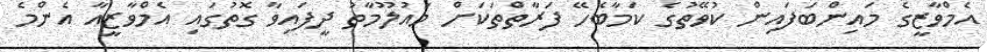
އެމްވާޒީގެ މައިންބަފައިން ކުވޭތުގެ ކަމާބެހޭ ފަރާތްތަކަށް މައުލޫމާތު ދީފައިވާ ގޮތުގައި އެމްވާޒީއާ އެންމެ